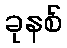
ခုနစ်